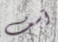
آسف